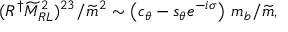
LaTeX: ( R ^ { \dagger } \widetilde M _ { R L } ^ { 2 } ) ^ { 2 3 } / { \widetilde m ^ { 2 } } \sim \left( c _ { \theta } - s _ { \theta } e ^ { - i \sigma } \right) \, m _ { b } / \widetilde m ,